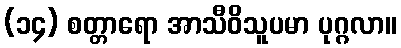
(၁၄) စတ္တာရော အာသီဝိသူပမာ ပုဂ္ဂလာ။